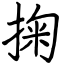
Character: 掬